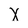
Character: X